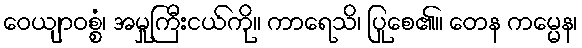
ဝေယျာဝစ္စံ၊ အမှုကြီးငယ်ကို။ ကာရေသိ၊ ပြုစေ၏။ တေန ကမ္မေန၊